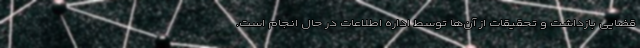
قضایی بازداشت و تحقیقات از آن‌ها توسط اداره اطلاعات در حال انجام است.